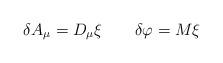
LaTeX: \begin{align*}\delta A_\mu = D_\mu \xi \qquad \delta \varphi = M \xi\end{align*}